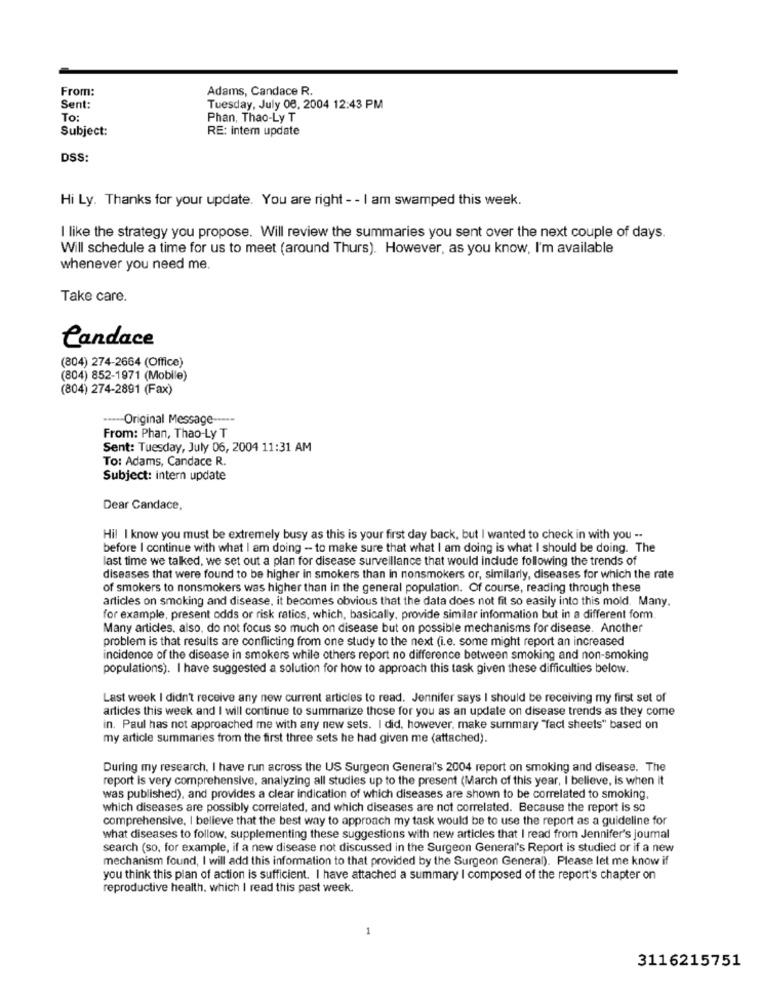
From:
Adams, Candace R.
Sent:
Tuesday, July 08, 2004 12:43 PM
To:
Phan, Thao-Ly T
Subject:
RE: intem update
DSS:
Hi Ly. Thanks for your update. You are right - - I am swamped this week.
I like the strategy you propose. Will review the summaries you sent over the next couple of days.
Will schedule a time for us to meet (around Thurs). However, as you know, I'm available
whenever you need me.
Take care.
Candace
(804) 274-2664 (Office)
(804) 852-1971 (Mobile)
(804) 274-2891 (Fax)
----- Original Message -----
From: Phan, Thao-Ly T
Sent: Tuesday, July 06, 2004 11:31 AM
To: Adams, Candace R.
Subject: intern update
Dear Candace,
Hil I know you must be extremely busy as this is your first day back, but I wanted to check in with you --
before I continue with what I am doing - to make sure that what I am doing is what I should be doing. The
last time we talked, we set out a plan for disease surveillance that would include following the trends of
diseases that were found to be higher in smokers than in nonsmokers or, similarly, diseases for which the rate
of smokers to nonsmokers was higher than in the general population. Of course, reading through these
articles on smoking and disease, it becomes obvious that the data does not fit so easily into this mold. Many.
for example, present odds or risk ratios, which, basically, provide similar information but in a different form.
Many articles. also, do not focus so much on disease but on possible mechanisms for disease. Another
problem is that results are conflicting from one study to the next (i.e. some might report an increased
incidence of the disease in smokers while others report no difference between smoking and non-smoking
populations). I have suggested a solution for how to approach this task given these difficulties below.
Last week I didn't receive any new current articles to read. Jennifer says I should be receiving my first set of
articles this week and I will continue to summarize those for you as an update on disease trends as they come
in. Paul has not approached me with any new sets. I did, however, make summary "fact sheets" based on
my article summaries from the first three sets he had given me (attached).
During my research, I have run across the US Surgeon General's 2004 report on smoking and disease. The
report is very comprehensive, analyzing all studies up to the present (March of this year, I believe, is when it
was published), and provides a clear indication of which diseases are shown to be correlated to smoking.
which diseases are possibly correlated, and which diseases are not correlated. Because the report is so
comprehensive, I believe that the best way to approach my task would be to use the report as a guideline for
what diseases to follow, supplementing these suggestions with new articles that I read from Jennifer's joumal
search (so, for example, if a new disease not discussed in the Surgeon General's Report is studied or if a new
mechanism found, I will add this information to that provided by the Surgeon General). Please let me know if
you think this plan of action is sufficient. I have attached a summary I composed of the report's chapter on
reproductive health. which I read this past week.
-
3116215751